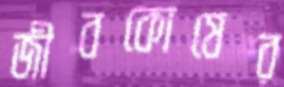
জীবকোষের